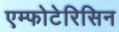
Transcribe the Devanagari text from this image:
एम्फोटेरिसिन